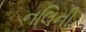
નલિની